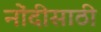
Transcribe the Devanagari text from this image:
नोंदीसाठी